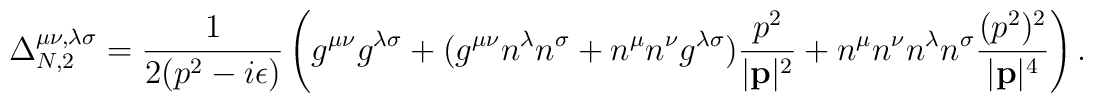
\Delta^{\mu\nu,\lambda\sigma}_{N,2}=\frac{1}{2(p^2-i\epsilon)}\left ( g^{\mu\nu}g^{\lambda\sigma} +(g^{\mu\nu}n^{\lambda}n^{\sigma}+n^{\mu}n^{\nu}g^{\lambda\sigma})\frac{p^2}{|{\bf p}|^2}+n^{\mu}n^{\nu}n^{\lambda}n^{\sigma}\frac{(p^2)^2}{|{\bf p}|^4}\right ).